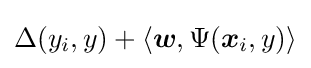
\Delta (y_{i},y)+\langle {\boldsymbol {w}},\Psi ({\boldsymbol {x}}_{i},y)\rangle